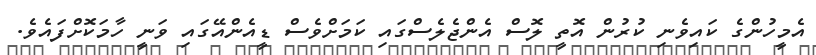
އެމީހުންގެ ކައިވެނި ކުރުން އޮތީ ލޮސް އެންޖެލެސްގައި ކަމަށްވެސް ޑީއެންއޭގައި ވަނީ ހާމަކޮށްފައެވެ.